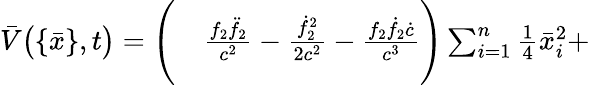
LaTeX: \begin{array}{rl}{\bar{V}\big(\{ \bar{x}\} ,t\big)=\Bigg(}&{{}\frac{f_{2}\ddot{f}_{2}}{c^{2}}-\frac{\dot{f}_{2}^{2}}{2c^{2}}-\frac{f_{2}\dot{f}_{2}\dot{c}}{c^{3}}\Bigg)\sum_{i=1}^{n}{\textstyle\frac{1}{4}}\bar{x}_{i}^{2}+}\end{array}